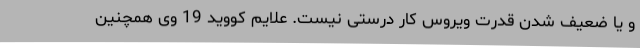
و یا ضعیف شدن قدرت ویروس کار درستی نیست. علایم کووید 19 وی همچنین